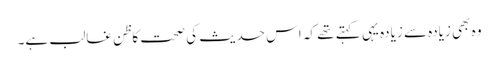
وہ بھی زیادہ سے زیادہ یہی کہتے تھے کہ اس حدیث کی صحت کاظنِ غالب ہے۔